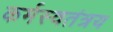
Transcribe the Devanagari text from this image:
कर्मस्वतंत्रय